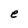
Character: e